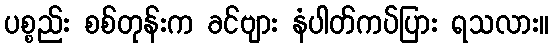
ပစ္စည်း စစ်တုန်းက ခင်ဗျား နံပါတ်ကပ်ပြား ရသလား။